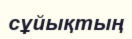
сұйықтың